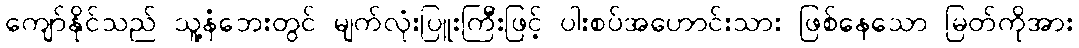
ကျော်နိုင်သည် သူ့နံဘေးတွင် မျက်လုံးပြူးကြီးဖြင့် ပါးစပ်အဟောင်းသား ဖြစ်နေသော မြတ်ကိုအား